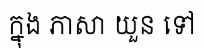
ក្នុង ភាសា យួន ទៅ